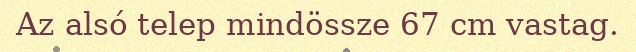
Az alsó telep mindössze 67 cm vastag.